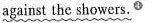
against the showers. ^{④}